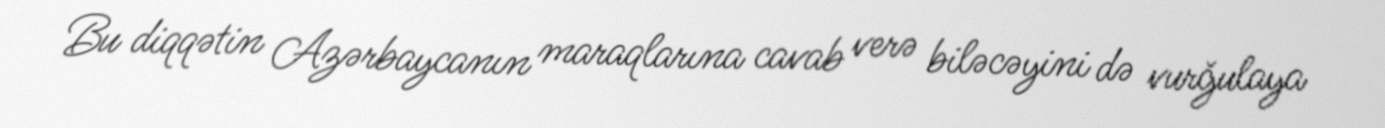
Bu diqqətin Azərbaycanın maraqlarına cavab verə biləcəyini də vurğulaya